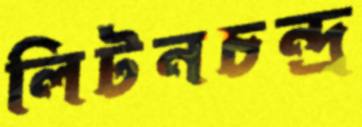
লিটনচন্দ্র